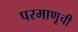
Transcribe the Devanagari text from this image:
परमाणूची